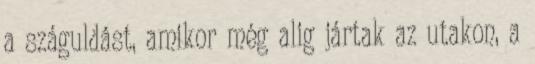
a száguldást, amikor még alig jártak az utakon, a